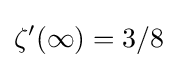
\zeta '(\infty )=3/8